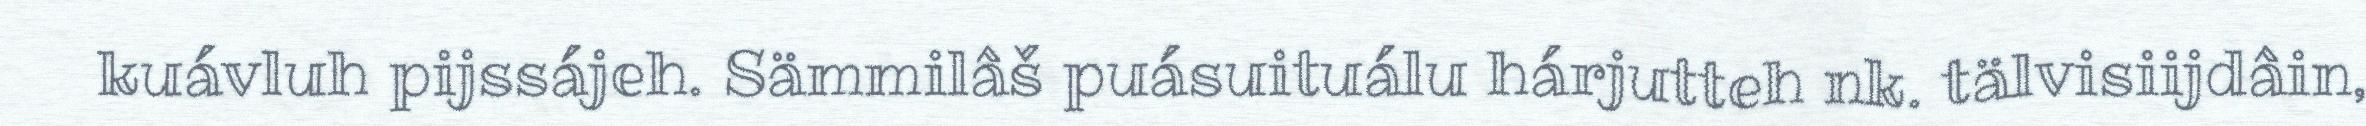
kuávluh pijssájeh. Sämmilâš puásuituálu hárjutteh nk. tälvisiijdâin,